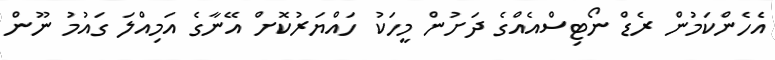
އެހެންކަމުން ރެޑް ނޯޓިސްއެއްގެ ދަށުން މީހަކު ހައްޔަރުކޮށް އޭނާގެ އަމިއްލަ ގައުމު ނޫން